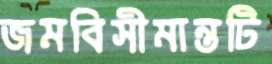
জমবিসীমান্তটি